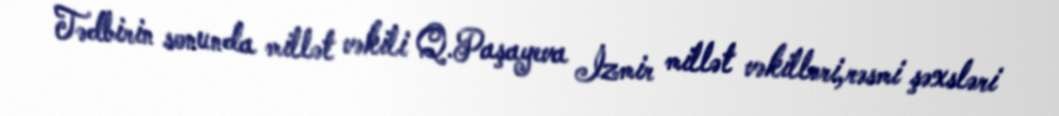
Tədbirin sonunda millət vəkili Q.Paşayeva İzmir millət vəkilləri,rəsmi şəxsləri